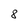
Character: 8